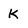
Character: K